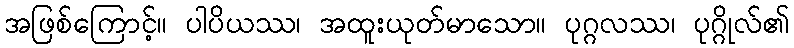
အဖြစ်ကြောင့်။ ပါပိယဿ၊ အထူးယုတ်မာသော။ ပုဂ္ဂလဿ၊ ပုဂ္ဂိုလ်၏